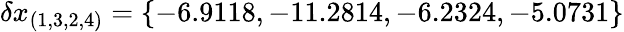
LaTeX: \delta x_{(1,3,2,4)}=\{ -6.9118,-11.2814,-6.2324,-5.0731\}